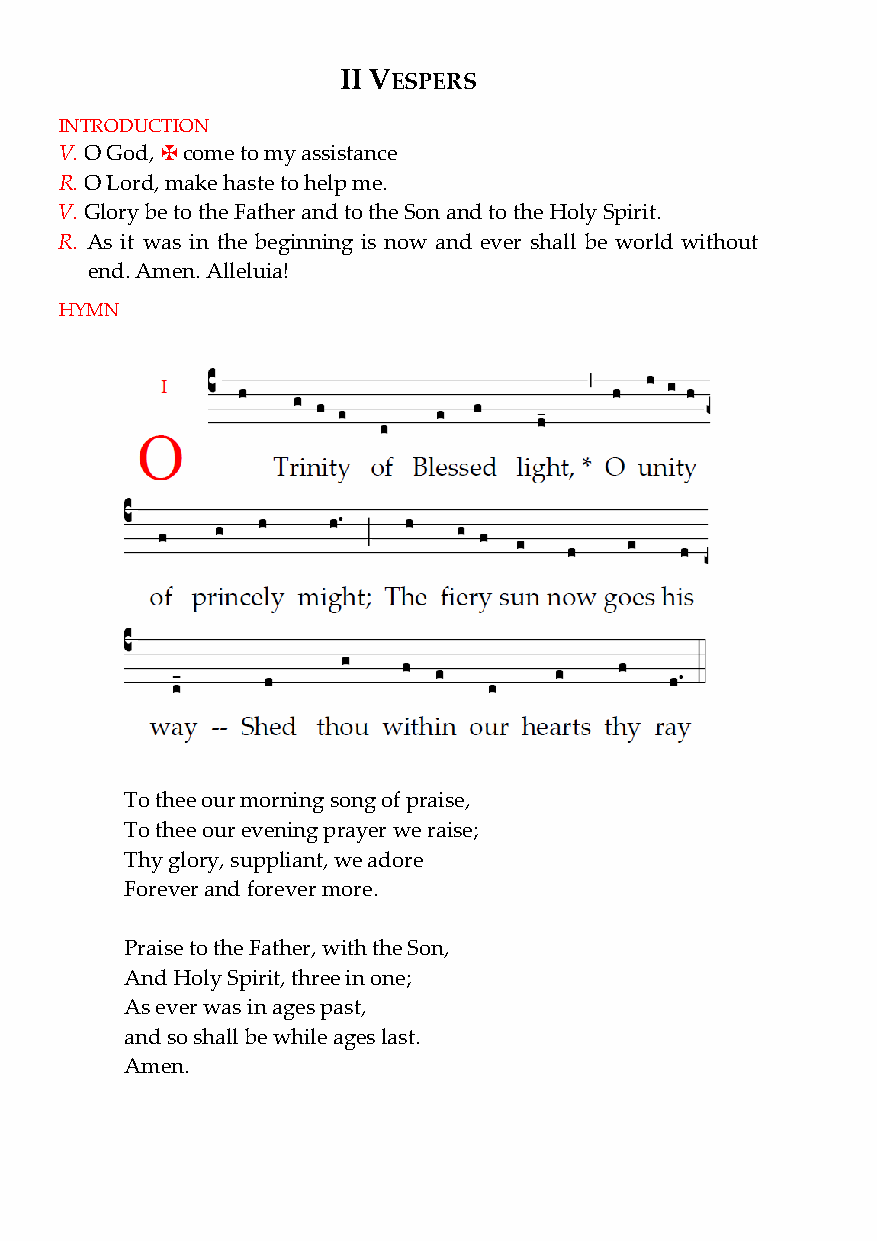
II VESPERS
 INTRODUCTION
 V. O God, come to my assistance
 R. O Lord, make haste to help me.
 ✠
 V. Glory be to the Father and to the Son and to the Holy Spirit.
 R. As it was in the beginning is now and ever shall be world without
 end. Amen. Alleluia!
 HYMN
 To thee our morning song of praise,
 To thee our evening prayer we raise;
 Thy glory, suppliant, we adore
 Forever and forever more.
 Praise to the Father, with the Son,
 And Holy Spirit, three in one;
 As ever was in ages past,
 and so shall be while ages last.
 Amen.